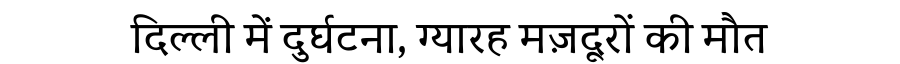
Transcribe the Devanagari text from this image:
दिल्ली में दुर्घटना, ग्यारह मज़दूरों की मौत